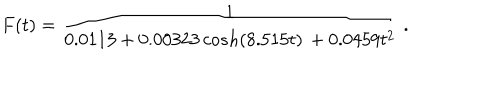
LaTeX: F ( t ) = \frac { 1 } { 0 . 0 1 1 3 + 0 . 0 0 3 2 3 \, c o s h ( 8 . 5 1 5 t ) \, + 0 . 0 4 5 9 t ^ { 2 } } \ .